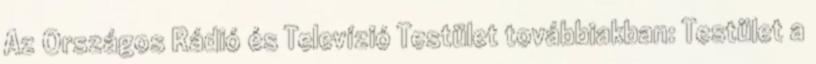
Az Országos Rádió és Televízió Testület továbbiakban: Testület a